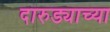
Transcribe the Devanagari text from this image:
दारुड्याच्या